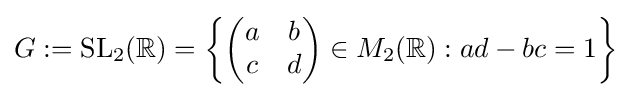
G:=\mathrm {SL} _{2}(\mathbb {R} )=\left\{{\begin{pmatrix}a&b\\c&d\\\end{pmatrix}}\in M_{2}(\mathbb {R} ):ad-bc=1\right\}